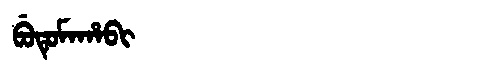
Manchu: ᠪᡠᡨᡠᠮᠠᡥᠠᠪᡳ
Romanization: BUTUMAHABI